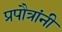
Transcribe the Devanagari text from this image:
प्रपौत्रांनी